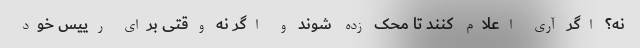
نه؟ اگر آری اعلام کنند تا محک زده شوند و اگر نه وقتی برای رییس خود